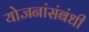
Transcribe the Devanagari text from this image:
योजनांसंबंधी